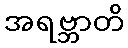
အရဗ္ဘာတိ